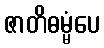
ဇာတိဓမ္မံပေ